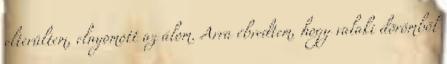
elterültem, elnyomott az álom. Arra ébredtem, hogy valaki dörömböl